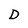
Character: D